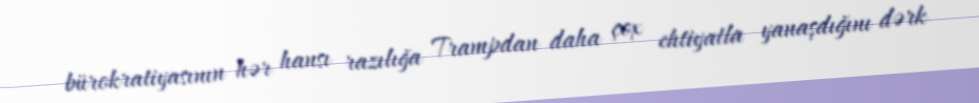
bürokratiyasının hər hansı razılığa Trampdan daha çox ehtiyatla yanaşdığını dərk